Lunatic asylums Madras 1892-1911 - 1892-1911
Year: 1892
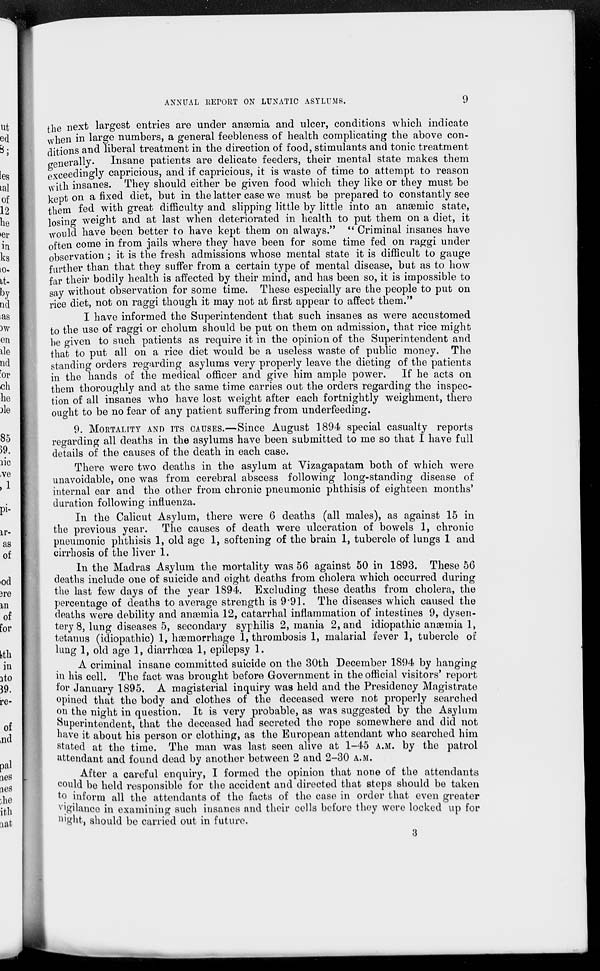
ANNUAL REPORT ON LUNATIC ASYLUMS.
9
the next largest entries are under anæmia and ulcer, conditions which indicate
when in large numbers, a general feebleness of health complicating the above con-
ditions and liberal treatment in the direction of food, stimulants and tonic treatment
generally. Insane patients are delicate feeders, their mental state makes them
exceedingly capricious, and if capricious, it is waste of time to attempt to reason
with insanes. They should either be given food which they like or they must be
kept on a fixed diet, but in the latter case we must be prepared to constantly see
them fed with great difficulty and slipping little by little into an anaemic state,
losing weight and at last when deteriorated in health to put them on a diet, it
would have been better to have kept them on always." " Criminal insanes have
often come in from jails where they have been for some time fed on raggi under
observation ; it is the fresh admissions whose mental state it is difficult to gauge
further than that they suffer from a certain type of mental disease, but as to how
far their bodily health is affected by their mind, and has been so, it is impossible to
say without observation for some time. These especially are the people to put on
rice diet, not on raggi though it may not at first appear to affect them."
I have informed the Superintendent that such insanes as were accustomed
to the use of raggi or cholum should be put on them on admission, that rice might
be given to such patients as require it in the opinion of the Superintendent and
that to put all on a rice diet would be a useless waste of public money. The
standing orders regarding asylums very properly leave the dieting of the patients
in the hands of the medical officer and give him ample power. If he acts on
them thoroughly and at the same time carries out the orders regarding the inspec-
tion of all insanes who have lost weight after each fortnightly weighment, there
ought to be no fear of any patient suffering from underfeeding.
9. MORTALITY AND ITS CAUSES.—Since August 1894 special casualty reports
regarding all deaths in the asylums have been submitted to me so that I have full
details of the causes of the death in each case.
There were two deaths in the asylum at Vizagapatam both of which were
unavoidable, one was from cerebral abscess following long-standing disease of
internal ear and the other from chronic pneumonic phthisis of eighteen months'
duration following influenza.
In the Calicut Asylum, there were 6 deaths (all males), as against 15 in
the previous year. The causes of death were ulceration of bowels 1, chronic
pneumonic phthisis 1, old age 1, softening of the brain 1, tubercle of lungs 1 and
cirrhosis of the liver 1.
In the Madras Asylum the mortality was 56 against 50 in 1893. These 56
deaths include one of suicide and eight deaths from cholera which occurred during
the last few days of the year 1894. Excluding these deaths from cholera, the
percentage of deaths to average strength is 9.91. The diseases which caused the
deaths were debility and anæmia 12, catarrhal inflammation of intestines 9, dysen-
tery 8, lung diseases 5, secondary syphilis 2, mania 2, and idiopathic anæmia 1,
tetanus (idiopathic) 1, hæmorrhage 1, thrombosis 1, malarial fever 1, tubercle of
lung 1, old age 1, diarrhœa 1, epilepsy 1.
A criminal insane committed suicide on the 30th December 1894 by hanging
in his cell. The fact was brought before Government in the official visitors' report
for January 1895. A magisterial inquiry was held and the Presidency Magistrate
opined that the body and clothes of the deceased were not properly searched
on the night in question. It is very probable, as was suggested by the Asylum
Superintendent, that the deceased had secreted the rope somewhere and did not
have it about his person or clothing, as the European attendant who searched him
stated at the time. The man was last seen alive at 1-45 A.M. by the patrol
attendant and found dead by another between 2 and 2-30 A.M.
After a careful enquiry, I formed the opinion that none of the attendants
could be held responsible for the accident and directed that steps should be taken
to inform all the attendants of the facts of the case in order that even greater
vigilance in examining such insanes and their cells before they were locked up for
night, should be carried out in future.
3